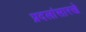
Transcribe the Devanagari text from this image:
प्रदलांसारखे